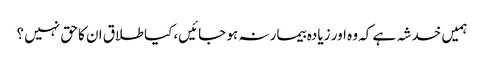
ہمیں خدشہ ہے کہ وہ اور زیادہ بیمار نہ ہو جائیں، کیا طلاق ان کا حق نہیں ؟